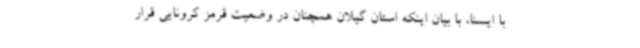
با ایسنا، با بیان اینکه استان گیلان همچنان در وضعیت قرمز کرونایی قرار